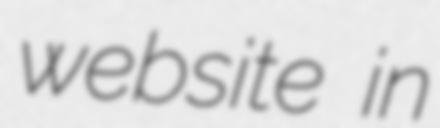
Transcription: website in